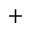
^ +